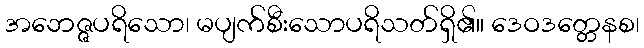
အဘေဇ္ဇပရိသော၊ မပျက်စီးသောပရိသတ်ရှိ၏။ ဒေဝဒတ္တေနစ၊